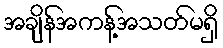
အချိန်အကန့်အသတ်မရှိ